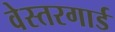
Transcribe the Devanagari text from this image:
वेस्तरगार्ड